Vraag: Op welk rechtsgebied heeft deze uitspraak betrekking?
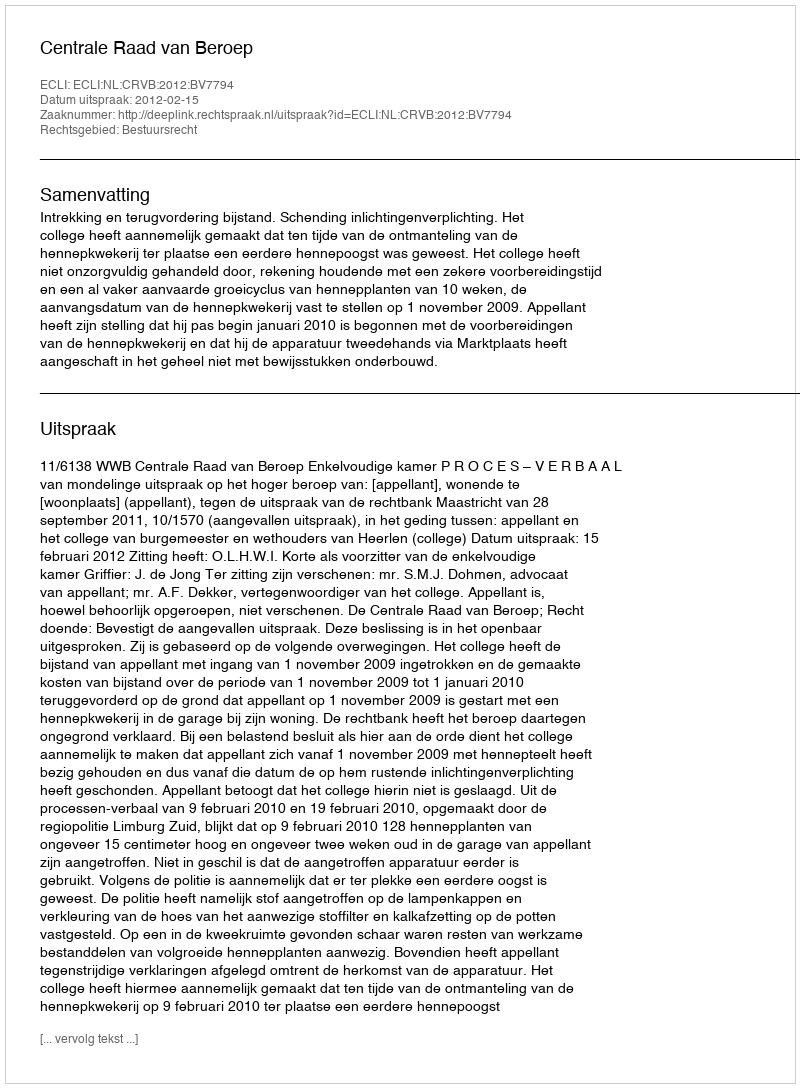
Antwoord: Bestuursrecht